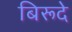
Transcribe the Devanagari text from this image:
बिरूदे